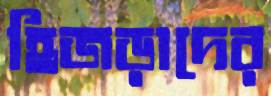
হিজড়াদের